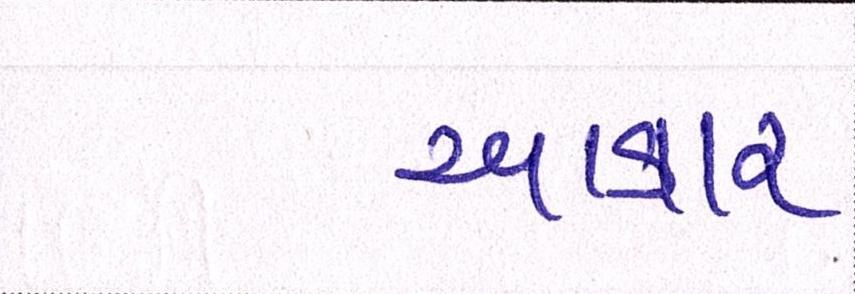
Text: આકાર